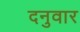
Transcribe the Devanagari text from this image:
दनुवार